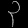
Digit: ၃